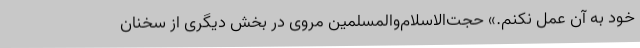
خود به آن عمل نکنم.» حجت‌الاسلام‌والمسلمین مروی در بخش دیگری از سخنان